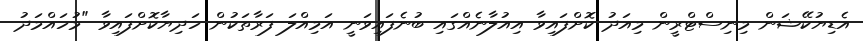
އެޑިޔުކޭޝަން މިނިސްޓްރީން މިއަދު ކޮށްފައިވާ އިއުލާނެއްގައި ބުނެފައިވަނީ އަމިއްލަ ފަރާތަކުން ހަދިޔާކޮށްފައިވާ "މުހައްމަދު